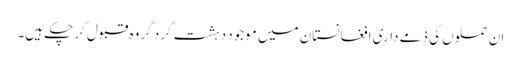
ان حملوں کی ذمے داری افغانستان میں موجود دہشت گرد گروہ قبول کرچکے ہیں۔